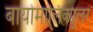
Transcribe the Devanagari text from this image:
बायोमालिक्युलर